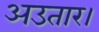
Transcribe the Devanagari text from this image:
अउतार।